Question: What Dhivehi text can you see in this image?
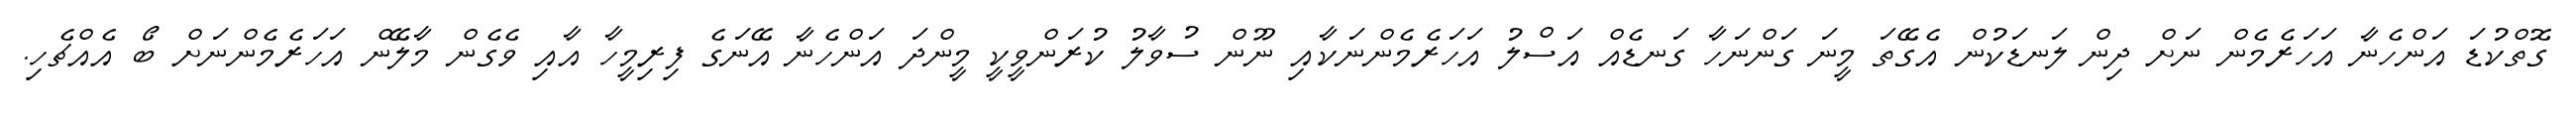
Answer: ގޮތްކުޑަ އަންހެނާ އަހަރެމެން ނަށް ދިން ލަނޑަކުން އެގޭތަ މީނަ ގަންނަހާ ގަނޑެއް އަސްލު އަހަރެމެންނަކާއި ނޫން ސުވާލު ކުރަންވީކީ މީންދަ އަންހެނާ އޭނަގެ ފިރިމީހާ އާއި ވެގެން މާލޭން އަހަރެމެންނަށް ބޯ އެއްޗެހި.